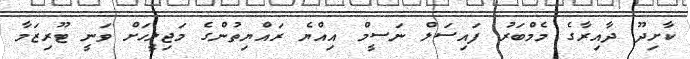
ކާށިދޫ ދާއިރާގެ މެމްބަރު ފައިސަލް ނަސީމް އިއްޔެ ރައްޔިތުންގެ މަޖިލީހަށް ވަނީ ޓޫރިޒަމާ